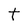
Character: t